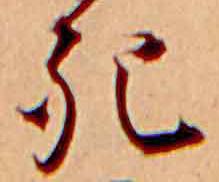
死